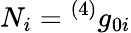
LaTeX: N_{i}={^{(4)}g_{0i}}